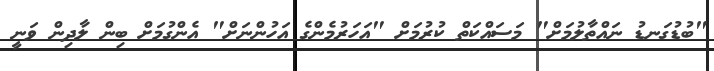
"ބުޑުގަނޑު ނައްތާލުމަށް" މަސައްކަތް ކުރުމަށް "އަހަރުމެންގެ އަހުންނަށް" އެންގުމަށް ބިން ލާދިން ވަނީ